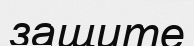
защите